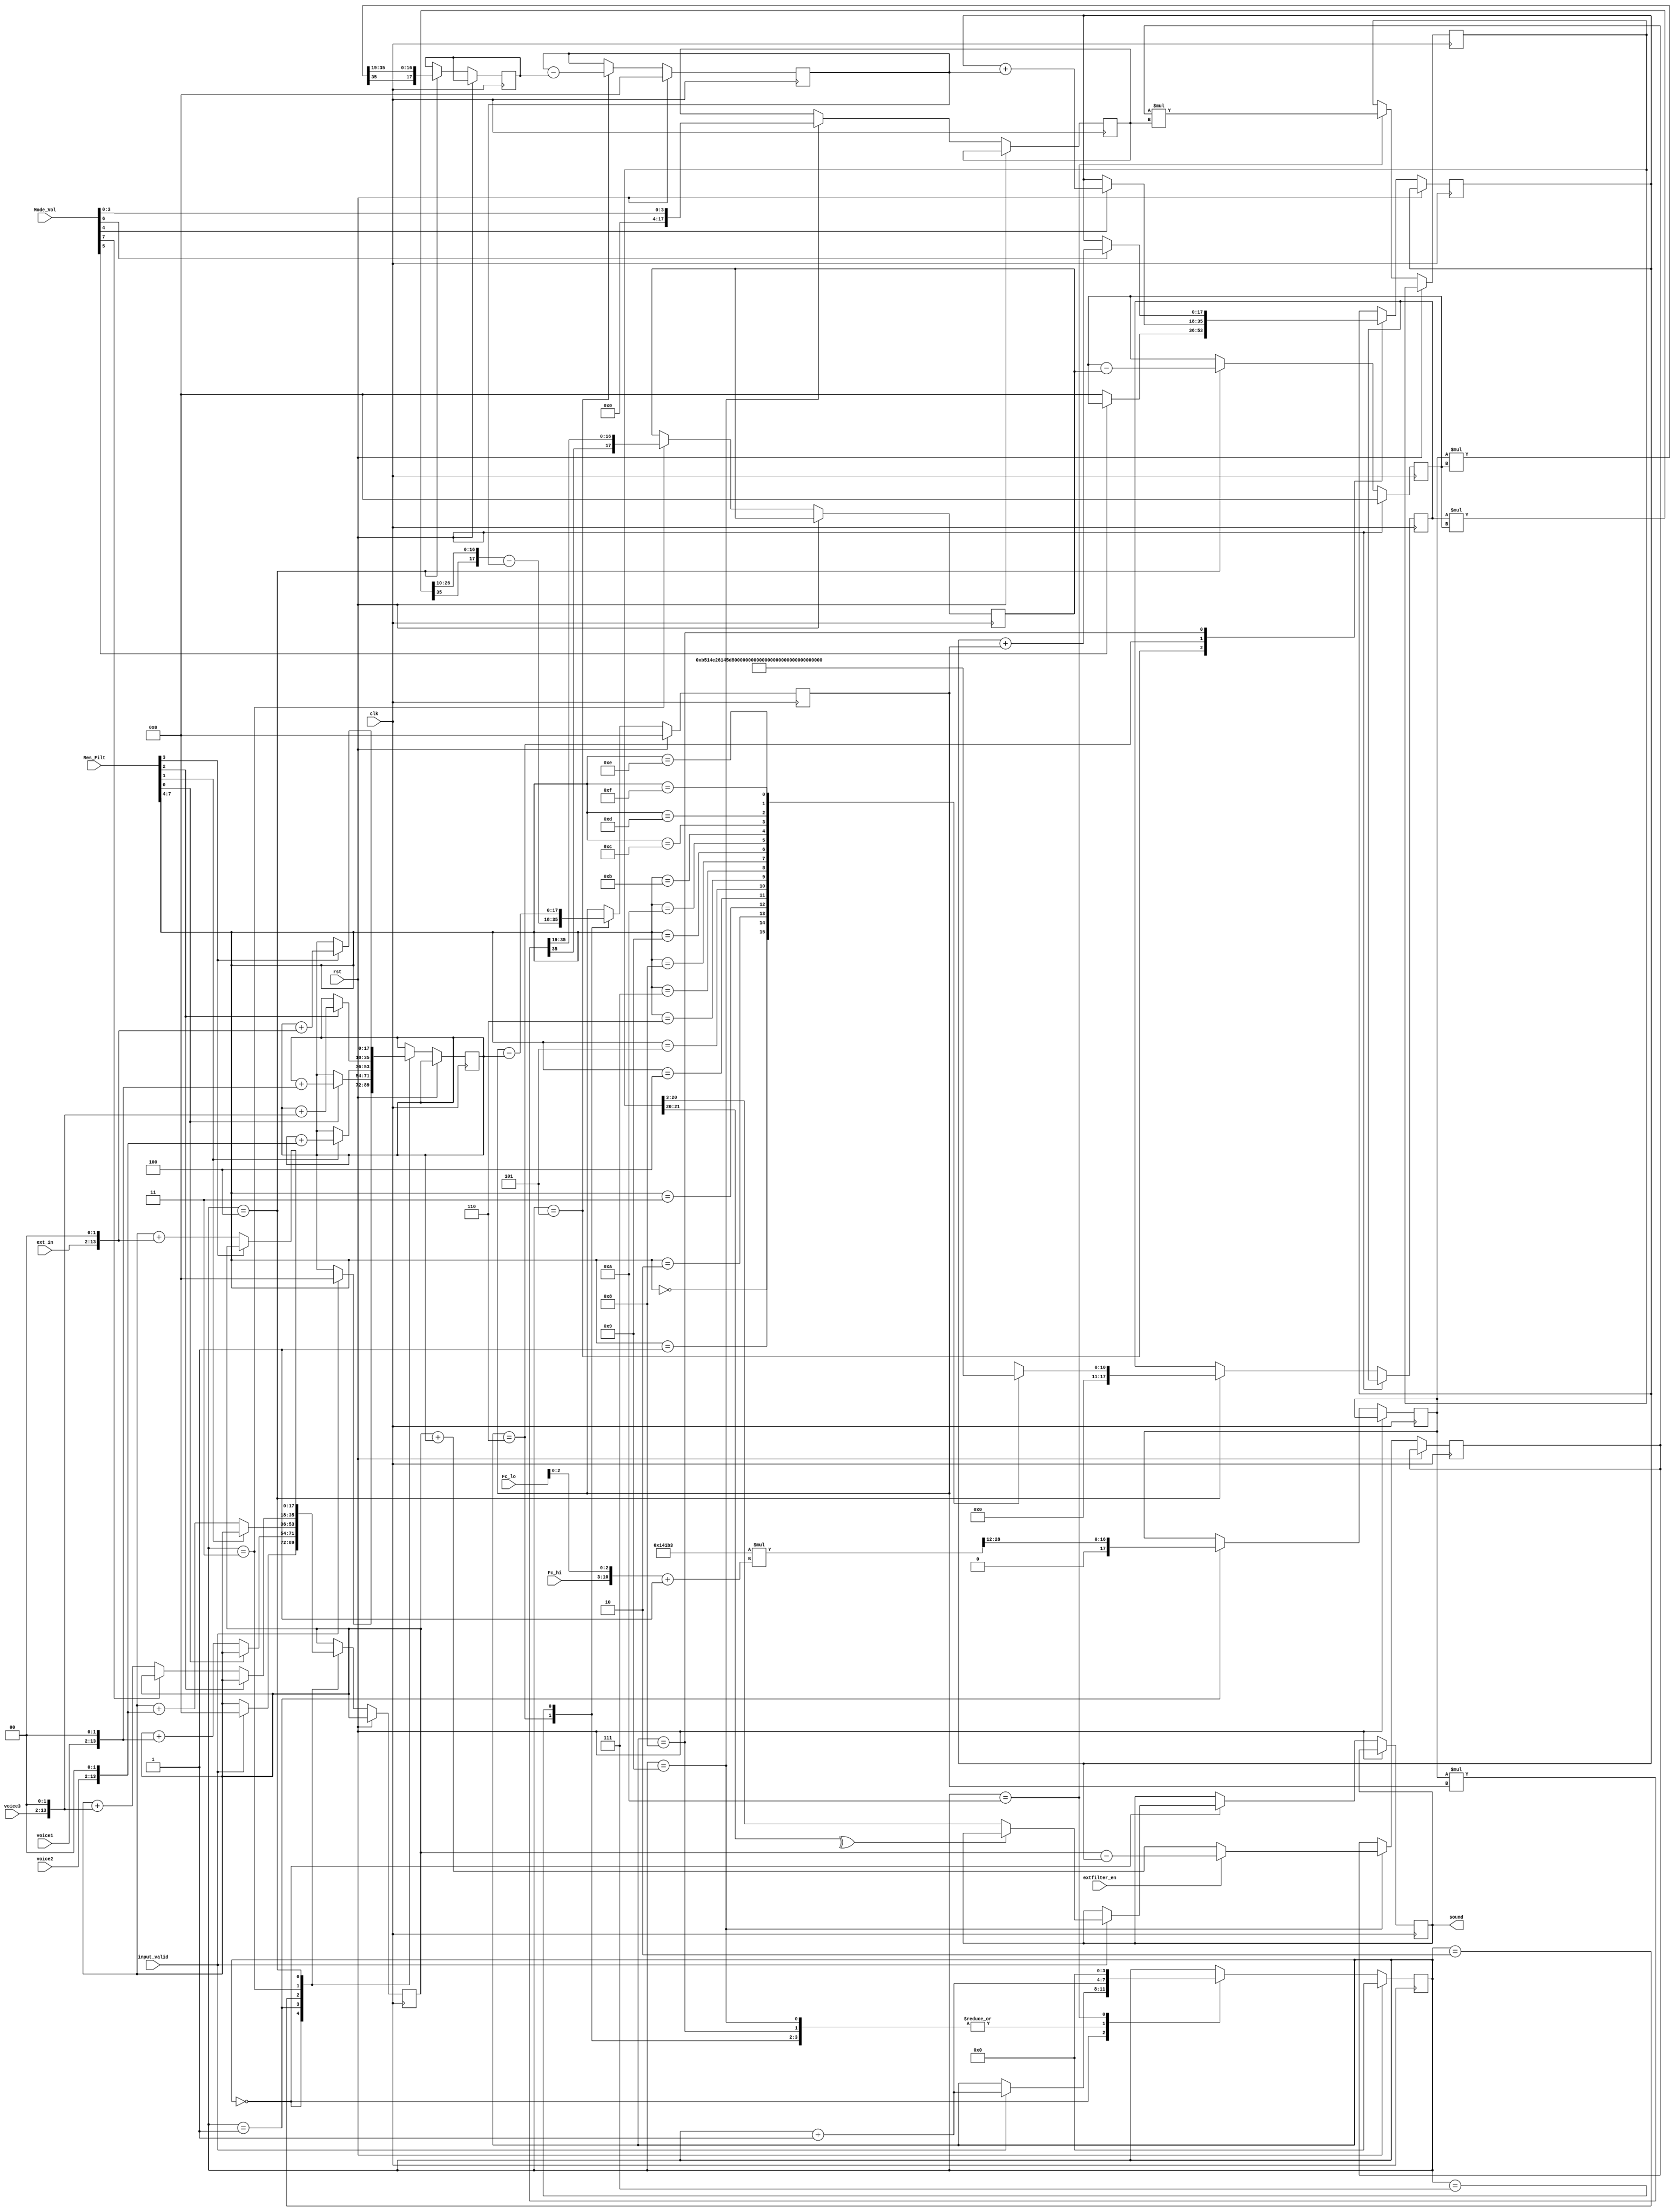
module sid_filters
(
	input             clk,
	input             rst,
	input      [ 7:0] Fc_lo,
	input      [ 7:0] Fc_hi,
	input      [ 7:0] Res_Filt,
	input      [ 7:0] Mode_Vol,
	input      [11:0] voice1,
	input      [11:0] voice2,
	input      [11:0] voice3,
	input             input_valid,
	input      [11:0] ext_in,
	input             extfilter_en,

	output reg [17:0] sound
);

reg signed [17:0] Vhp;
reg signed [17:0] Vbp;
reg signed [17:0] w0;
reg signed [17:0] q;

wire [10:0] divmul[16];
assign divmul[0]  = 1448;
assign divmul[1]  = 1328;
assign divmul[2]  = 1218;
assign divmul[3]  = 1117;
assign divmul[4]  = 1024;
assign divmul[5]  = 939;
assign divmul[6]  = 861;
assign divmul[7]  = 790;
assign divmul[8]  = 724;
assign divmul[9]  = 664;
assign divmul[10] = 609;
assign divmul[11] = 558;
assign divmul[12] = 512;
assign divmul[13] = 470;
assign divmul[14] = 431;
assign divmul[15] = 395;

wire [35:0] mul1 = w0 * Vhp;
wire [35:0] mul2 = w0 * Vbp;
wire [35:0] mul3 = q  * Vbp;
wire [35:0] mul4 = 18'd82355 * ({Fc_hi, Fc_lo[2:0]} + 1'b1);

reg [17:0] dVbp;
reg [17:0] Vlp;
reg [17:0] dVlp;
reg [17:0] Vi;
reg [17:0] Vnf;
reg [17:0] Vf;
reg  [3:0] state;
reg signed [35:0] mulr;
reg signed [17:0] mula;
reg signed [17:0] mulb;

// Filter
always @(posedge clk) begin
	if (rst) begin
		state <= 0;
		Vlp   <= 0;
		Vbp   <= 0;
		Vhp   <= 0;
	end
	else begin
		case (state)
			0:	if (input_valid) begin
					state <= state + 1'd1;
					if(!(^mulr[21:20])) sound <= mulr[20:3];
					Vi <= 0;
					Vnf <= 0;
				end
			1:	begin
					state <= state + 1'd1;
					w0 <= {mul4[35], mul4[28:12]};
					if (Res_Filt[0]) Vi  <= Vi  + {voice1,2'b00};
					else             Vnf <= Vnf + {voice1,2'b00};
				end
			2:	begin
					state <= state + 1'd1;
					if (Res_Filt[1]) Vi  <= Vi  + {voice2,2'b00};
					else             Vnf <= Vnf + {voice2,2'b00};
				end
			3:	begin
					state <= state + 1'd1;
					if (Res_Filt[2])       Vi  <= Vi  + {voice3,2'b00};
					else if (!Mode_Vol[7]) Vnf <= Vnf + {voice3,2'b00};
					dVbp <= {mul1[35], mul1[35:19]};            
				end
			4:	begin
					state <= state + 1'd1;
					if (Res_Filt[3]) Vi  <= Vi  + {ext_in,2'b00};
					else             Vnf <= Vnf + {ext_in,2'b00};
					dVlp <= {mul2[35], mul2[35:19]};
					Vbp <= Vbp - dVbp;
					q <= divmul[Res_Filt[7:4]];
				end
			5:	begin
					state <= state + 1'd1;
					Vlp <= Vlp - dVlp;
					Vf <= (Mode_Vol[5]) ? Vbp : 18'd0;
				end
			6: begin
					state <= state + 1'd1;
					Vhp <= {mul3[35], mul3[26:10]} - Vlp;
					if(Mode_Vol[4]) Vf <= Vf + Vlp;
				end
			7: begin
					state <= state + 1'd1;
					Vhp <= Vhp - Vi;
				end
			8:	begin
					state <= state + 1'd1;
					if(Mode_Vol[6]) Vf <= Vf + Vhp;
				end
			9:	begin
					state <= state + 1'd1;
					mula <= (extfilter_en) ? Vnf - Vf : Vnf + Vi;
					mulb <= Mode_Vol[3:0];
				end
			10:begin
					state <= 0;
					mulr <= mula * mulb;
				end
		endcase
	end
end

endmodule